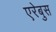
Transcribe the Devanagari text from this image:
एरेबुस